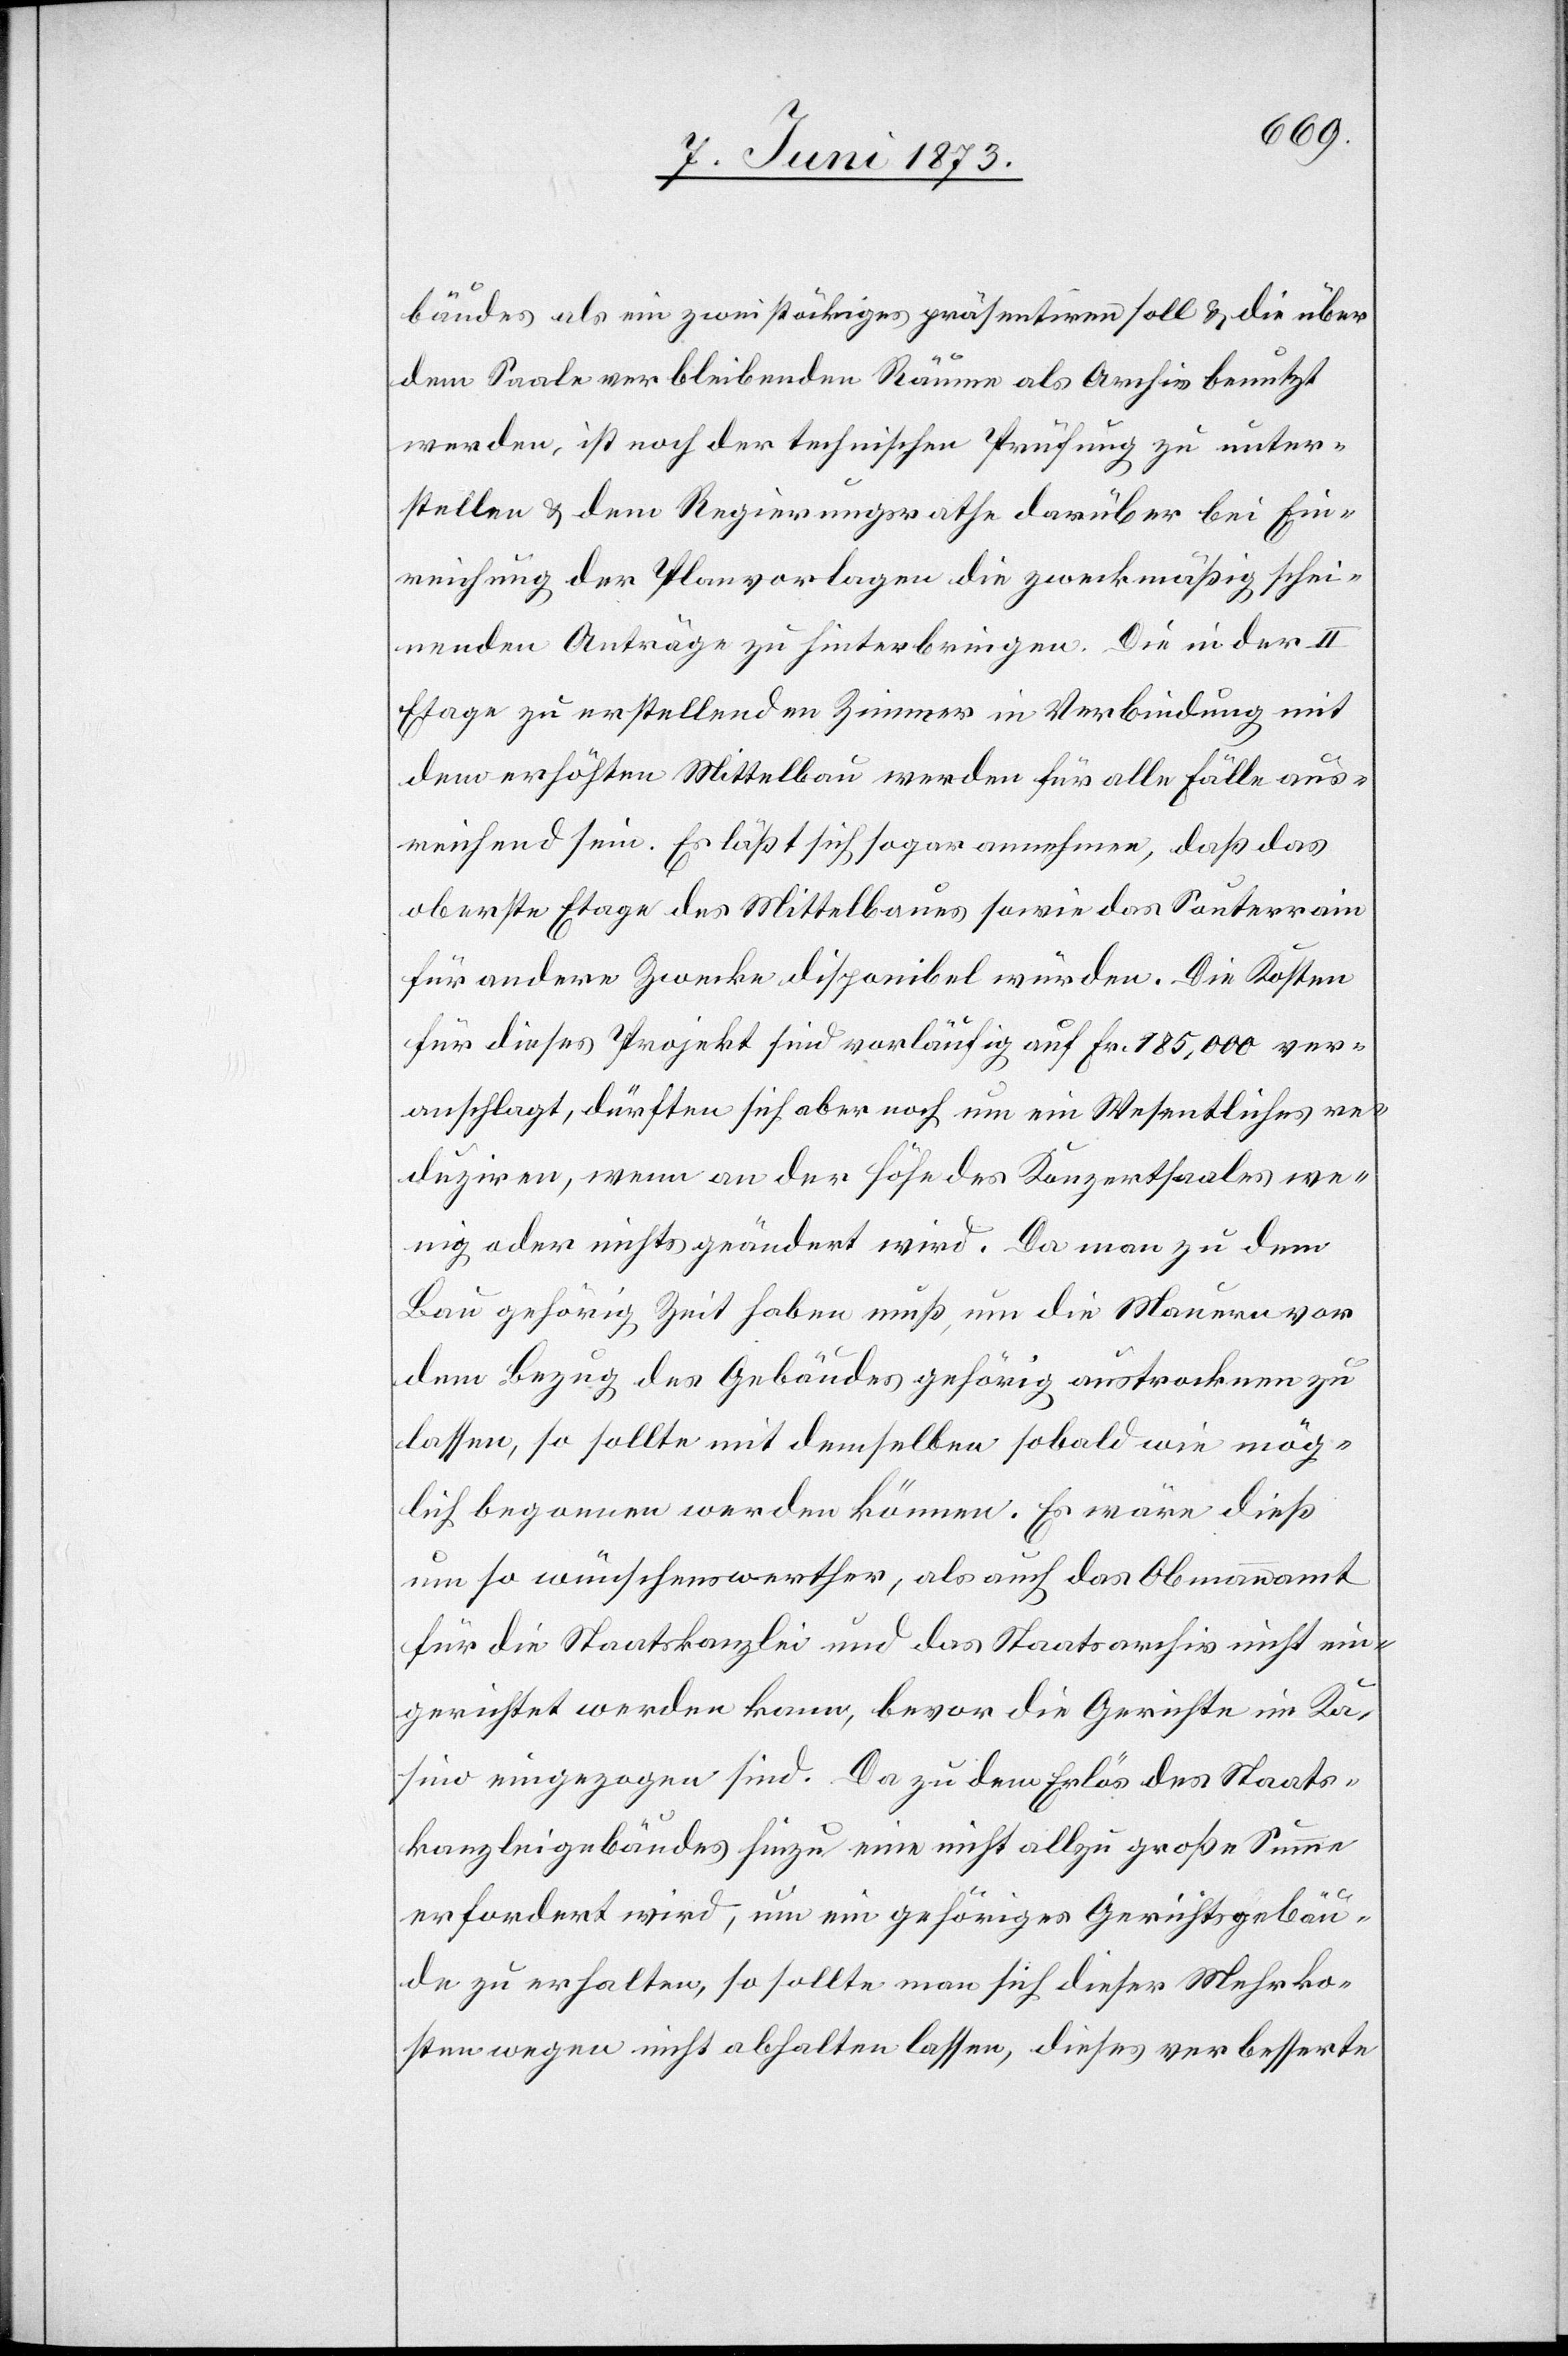
bäudes als ein zweistöckiges präsentiren soll & die über
dem Saale verbleibenden Räume als Archiv benutzt
werden, ist noch der technischen Prüfung zu unter¬
stellen & dem Regierungsrathe darüber bei Ein¬
reichung der Planvorlagen die zweckmäßig schei¬
nenden Anträge zu hinterbringen. Die in der II
Etage zu erstellenden Zimmer in Verbindung mit
dem erhöhten Mittelbau werden für alle Fälle aus¬
reichend sein. Es läßt sich sogar annehmen, daß das
oberste Etage des Mittelbaues sowie das Souterrain
für andere Zwecke disponibel würden. Die Kosten
für dieses Projekt sind vorläufig auf Fr. 185,000 ver¬
anschlagt, dürften sich aber noch um ein Wesentliches re¬
duziren, wenn an der Höhe des Konzertsaales we¬
nig oder nichts geändert wird. Da man zu dem
Bau gehörig Zeit haben muß, um die Mauern vor
dem Bezug des Gebäudes gehörig austrocknen zu
lassen, so sollte mit demselben sobald wie mög¬
lich begonnen werden können. Es wäre dieß
um so wünschenswerther, als auch das Obmannamt
für die Staatskanzlei und das Staatsarchiv nicht ein¬
gerichtet werden kann, bevor die Gerichte im Ka¬
sino eingezogen sind. Da zu dem Erlös des Staats¬
kanzleigebäudes hinzu eine nicht allzu große Summe
erfordert wird, um ein gehöriges Gerichtsgebäu¬
de zu erhalten, so sollte man sich dieser Mehrko¬
sten wegen nicht abhalten lassen, dieses verbesserte